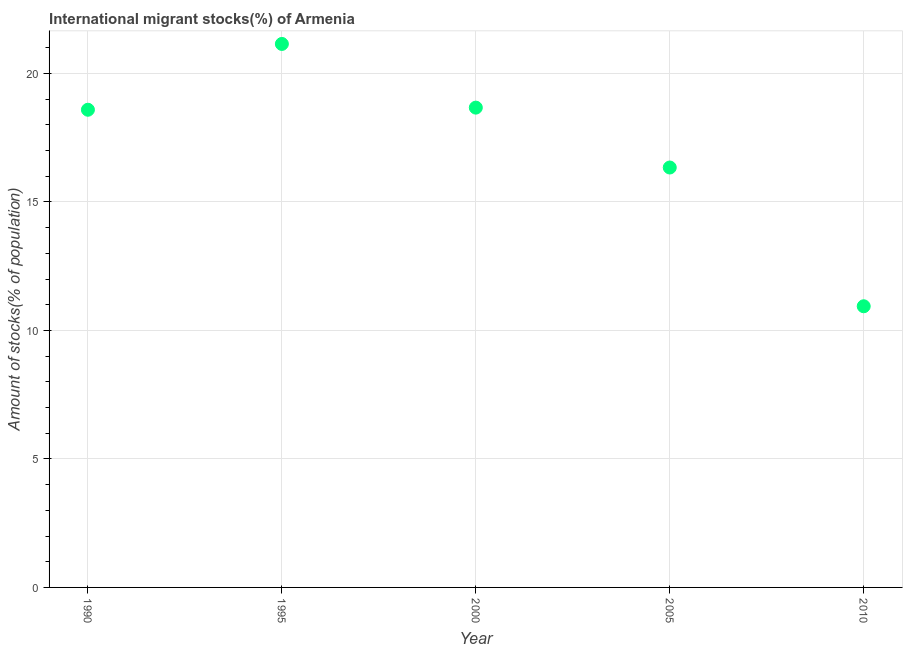
| Year | International migrant stock |
 | --- | --- |
 | 1990 | 18.6 |
 | 1995 | 21.1 |
 | 2000 | 18.7 |
 | 2005 | 16.3 |
 | 2010 | 10.9 |